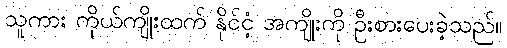
သူကား ကိုယ်ကျိုးထက် နိုင်ငံ့ အကျိုးကို ဦးစားပေးခဲ့သည်။